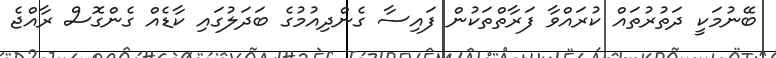
ބޭނުމަކީ ދަތުރުތައް ކުރައްވާ ފަރާތްތަކުން ފައިސާ ގެންދިއުމުގެ ބަދަލުގައި ކާޑެއް ގެންގޮސް ރާއްޖެ